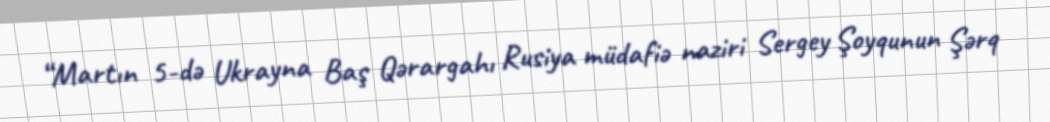
“Martın 5-də Ukrayna Baş Qərargahı Rusiya müdafiə naziri Sergey Şoyqunun Şərq